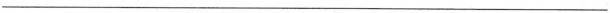
___